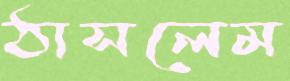
ঠাসলেম